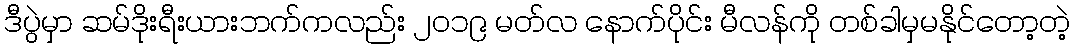
ဒီပွဲမှာ ဆမ်ဒိုးရီးယားဘက်ကလည်း ၂၀၁၉ မတ်လ နောက်ပိုင်း မီလန်ကို တစ်ခါမှမနိုင်တော့တဲ့